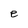
Character: e